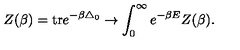
Z ( \beta ) = \mathrm { t r } e ^ { - \beta \triangle _ { 0 } } \rightarrow \int _ { 0 } ^ { \infty } e ^ { - \beta E } Z ( \beta ) .